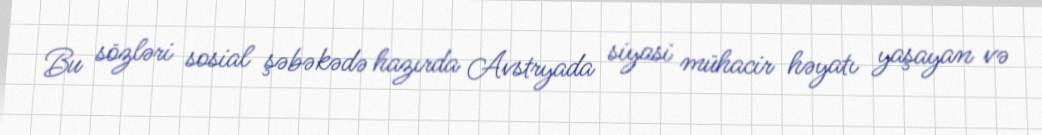
Bu sözləri sosial şəbəkədə hazırda Avstryada siyasi mühacir həyatı yaşayan və